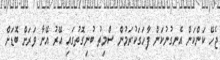
ޖެހޭ ކަންކަން އެނގުނުކަން ފާހަގަކުރަމުން ސްމިތު ބުނިގޮތުގައި އޭރު އޭނާ ވަރަށް ބޮޑަށް